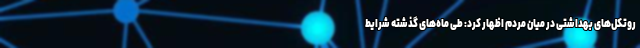
روتکل‌های بهداشتی در میان مردم اظهار کرد: طی ماه‌های گذشته شرایط